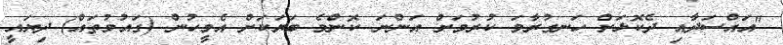
"އައްސަދާއި ދެކޮޅަށް ހަނގުރާމަ ކުރުމަށް އަންނަ ކޮންމެ ބަޔަކަށް އެމީހުން (ގައުމުތައް) ދިޔައީ